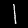
Digit: 1